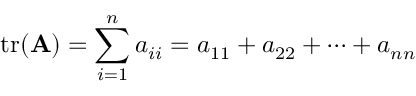
\operatorname { t r } ( \mathbf { A } ) = \sum _ { i = 1 } ^ { n } a _ { i i } = a _ { 1 1 } + a _ { 2 2 } + \dots + a _ { n n }